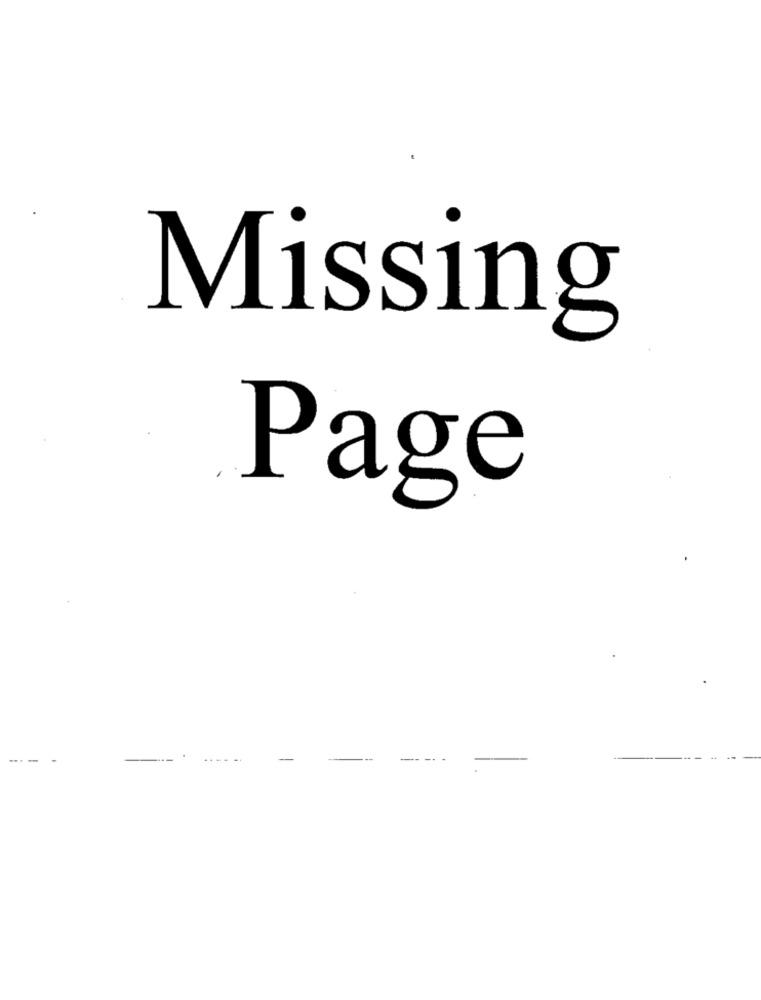
Missing
Page